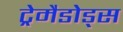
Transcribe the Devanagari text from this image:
ट्रेमैडोड्स